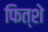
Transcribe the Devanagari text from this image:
फित्शे